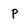
Character: p